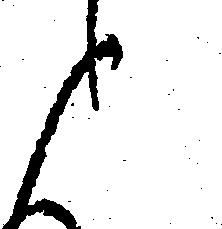
と